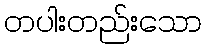
တပါးတည်းသော